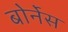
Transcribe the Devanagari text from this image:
बोर्नेस